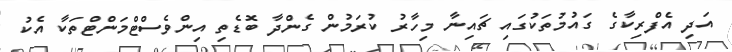
އަދި އެފްރިކާގެ ގައުމުތަކުގައި ޗައިނާ މިހާރު ކުރަމުން ގެންދާ ބޮޑެތި އިންވެސްޓްމަންޓްތަކާ އެކު